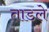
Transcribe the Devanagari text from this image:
ताडले